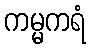
ကမ္မကရံ